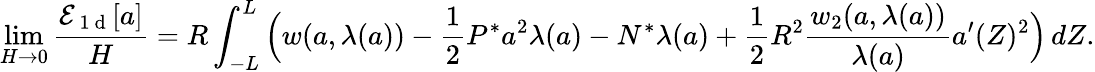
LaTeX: \operatorname*{lim}_{H\to 0}\frac{\mathcal{E}_{\mathrm{~1~d~}}[{a}]}{H}=R\int_{-L}^{L}\Big(w({a},\lambda({a}))-\frac{1}{2}P^{*}{a}^{2}\lambda({a})-N^{*}\lambda({a})+\frac{1}{2}R^{2}\frac{w_{2}({a},\lambda({a}))}{\lambda({a})}{a}^{\prime}(Z)^{2}\Big)\, dZ.